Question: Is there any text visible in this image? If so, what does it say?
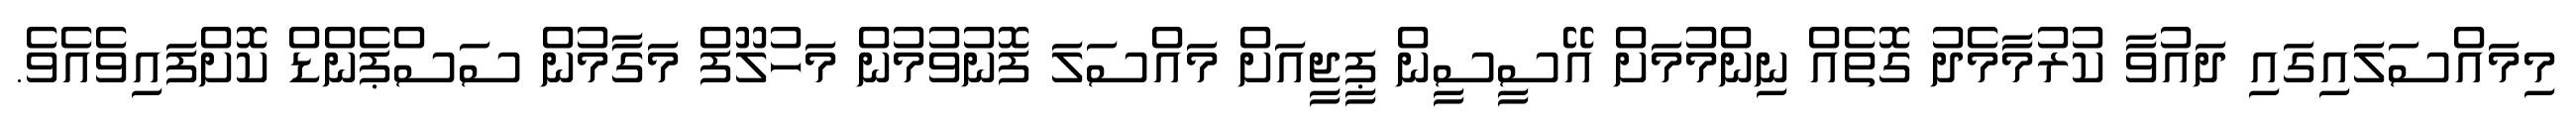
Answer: މިމައްސަލައިގައި ދައުވާ ކުރުމާމެދު ގޮތެއް ނިންމުމަށް އޭސީސީން ޕީޖީއަށް މައްސަލަ ފޮނުވުމުން މަހުލޫފް މަގާމުން ސަސްޕެންޑް ކޮށްފައިވެއެވެ.